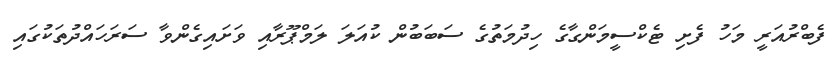
ފެބްރުއަރީ މަހު ފެށި ޓެކްސީމަންގާގެ ހިދުމަތުގެ ސަބަބުން ކުއަލަ ލަމްޕޫރާއި ވަށައިގެންވާ ސަރަހައްދުތަކުގައި